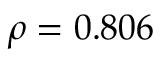
\rho = 0 . 8 0 6